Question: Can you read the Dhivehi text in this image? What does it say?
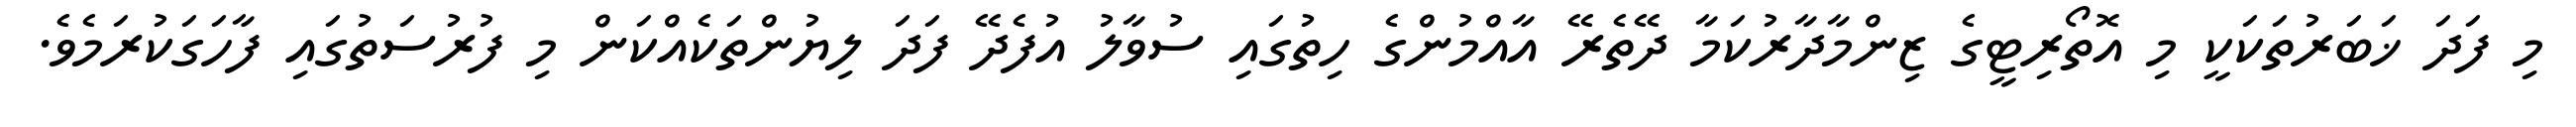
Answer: މި ފަދަ ޚަބަރުތަކަކީ މި އޮތޯރިޓީގެ ޒިންމާދާރުކަމާ ދޭތެރޭ އާއްމުންގެ ހިތުގައި ސުވާލު އުފެދޭ ފަދަ ލިޔުންތަކެއްކަން މި ފުރުސަތުގައި ފާހަގަކުރަމެވެ.